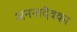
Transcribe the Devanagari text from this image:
अनन्तदेवका